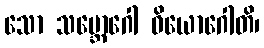
သော သမ္ဘောဂေါ ဝိယောဂေါတိ၊